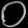
Digit: ၀